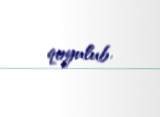
qoyulub.